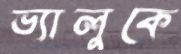
ভ্যালুকে